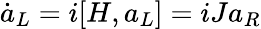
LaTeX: \dot{a}_{L}=i[{H},{a}_{L}]=iJa_{R}